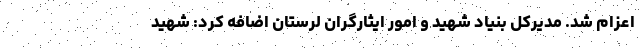
اعزام شد. مدیرکل بنیاد شهید و امور ایثارگران لرستان اضافه کرد: شهید